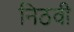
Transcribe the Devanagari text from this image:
निठवी